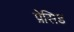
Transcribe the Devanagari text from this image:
प्रेसिड